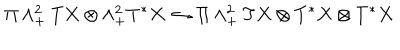
\Pi \wedge _ { + } ^ { 2 } T X \otimes \wedge _ { + } ^ { 2 } T ^ { * } X \hookrightarrow \Pi \wedge _ { + } ^ { 2 } T X \otimes T ^ { * } X \otimes T ^ { * } X